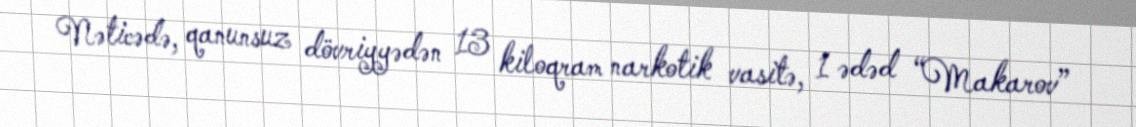
Nəticədə, qanunsuz dövriyyədən 13 kiloqram narkotik vasitə, 1 ədəd “Makarov”